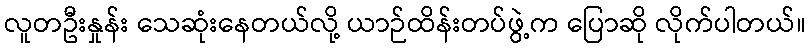
လူတဦးနှုန်း သေဆုံးနေတယ်လို့ ယာဉ်ထိန်းတပ်ဖွဲ့က ပြောဆို လိုက်ပါတယ်။